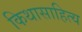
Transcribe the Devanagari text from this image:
किथासाहित्य